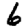
Digit: 6